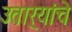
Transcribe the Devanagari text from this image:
उतार्‍यांचे